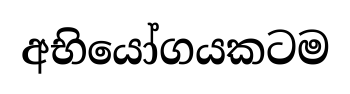
අභියෝගයකටම